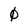
Character: 0